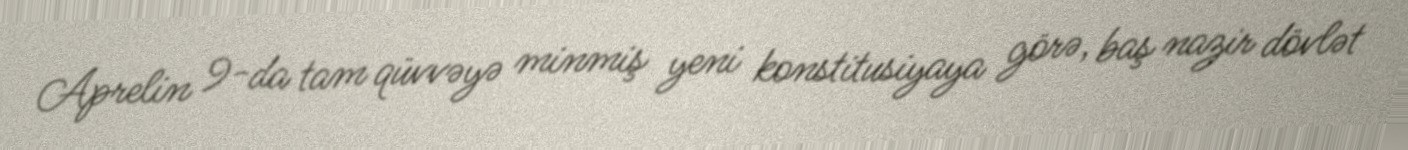
Aprelin 9-da tam qüvvəyə minmiş yeni konstitusiyaya görə, baş nazir dövlət